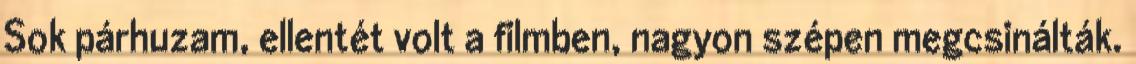
Sok párhuzam, ellentét volt a filmben, nagyon szépen megcsinálták.